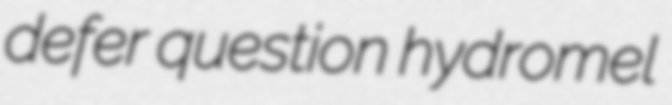
defer question hydromel